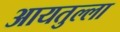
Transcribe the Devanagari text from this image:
आयतुल्ला